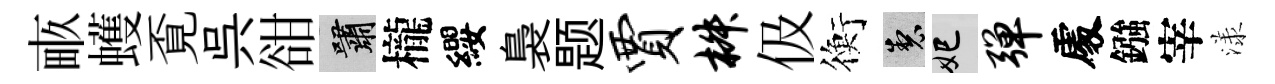
畞蠖覔呉𧮳嘯櫳纓裊题贾椒伋衡製妃弹𠁅鏹宰漾